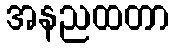
အနညထတာ